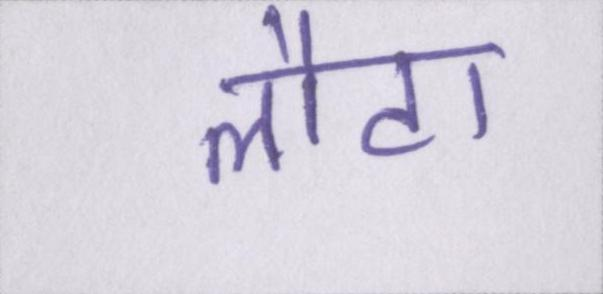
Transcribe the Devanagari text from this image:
लौटा